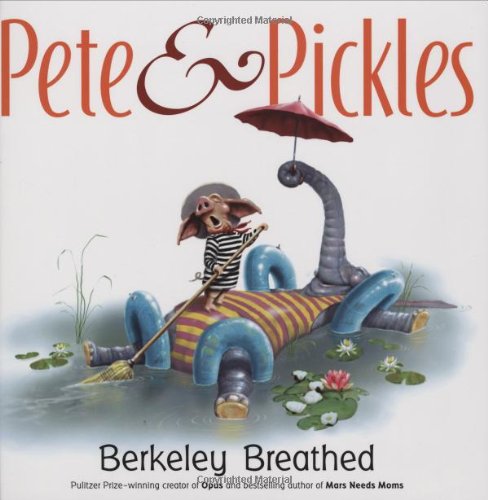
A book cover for Pete & Pickles; Berkeley Breathed; Children's Books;